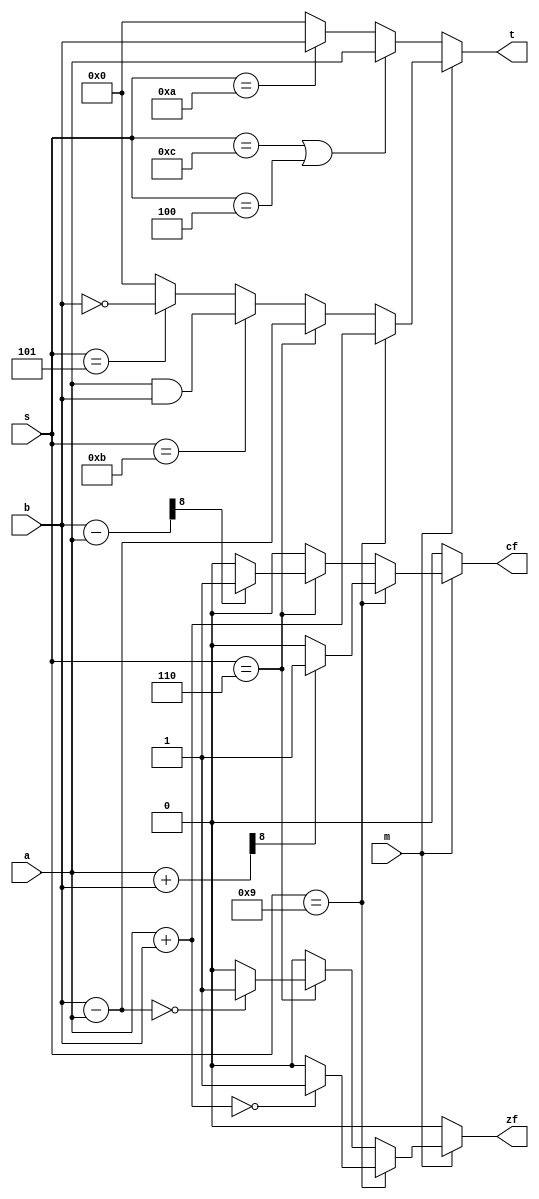
module simple(m,s,a,b,t,cf,zf);
  input wire m;
  input wire [3:0] s;
  input wire [7:0] a,b;
  output reg [7:0] t;
  output reg cf,zf;
  reg[8:0] temp; //
  always @(m or s or a or b)
  begin //msab1
    {cf,zf}=0;
    t=00000000;
    if(m==1'b0)
    begin
    if(s[3:0]==4'b1100||s[3:0]==4'b0100) t=a;
      else if(s[3:0]==4'b1010) t=b;
    end
    else if(m==1'b1)
    begin
      if(s[3:0]==4'b1001)
      begin
        t=a+b;
        if(t==8'b00000000) zf=1;
        else zf=0;
        temp=a+b;
        if(temp[8]==1'b0) cf=0;
        else cf=1;
      end
        else if(s[3:0]==4'b0110)
        begin
          t=b-a;
          if(t==8'b00000000) zf=1;
          else zf=0;
          temp=b-a;
          if(temp[8]==1'b0) cf=0;
          else cf=1;
        end
        else if(s[3:0]==4'b1011) t=a&b;
        else if(s[3:0]==4'b0101) t=~b;
    end
  end

endmodule